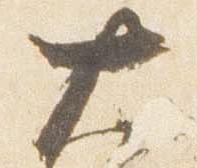
大